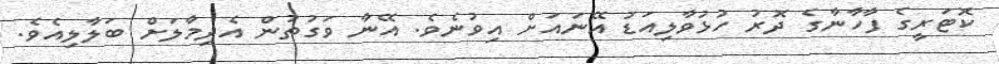
ކޮޓަރީގެ ފާހާނާގެ ދޮރު ހުޅުވާލިއަޑު އޭނައަށް އިވުނެވެ. އޭނާ ވަގުތުން އެދިމާލަށް ބަލާލިއެވެ.